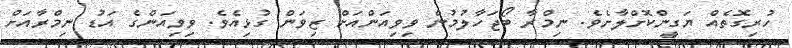
ހުރިގޮތެއް ޔަގީންކޮށްލާށެވެ. ނިމްރާ ބޯޖަހާލުމުން ވިވިއަންއަށް ޒިވަން ގުޅިއެވެ. ވިވިއަންގެ އަޑު ނިމްރާއަށް